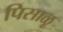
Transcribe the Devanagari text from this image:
पिसाळू